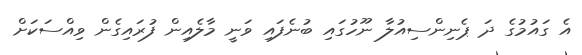
އެ ގައުމުގެ ދަ ޕެނިންސިއުލާ ނޫހުގައި ބުނެފައި ވަނީ މާލެއިން ފުރައިގެން ވިއްސަކަށް